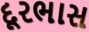
દૂરભાસ